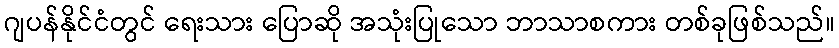
ဂျပန်နိုင်ငံတွင် ရေးသား ပြောဆို အသုံးပြုသော ဘာသာစကား တစ်ခုဖြစ်သည်။